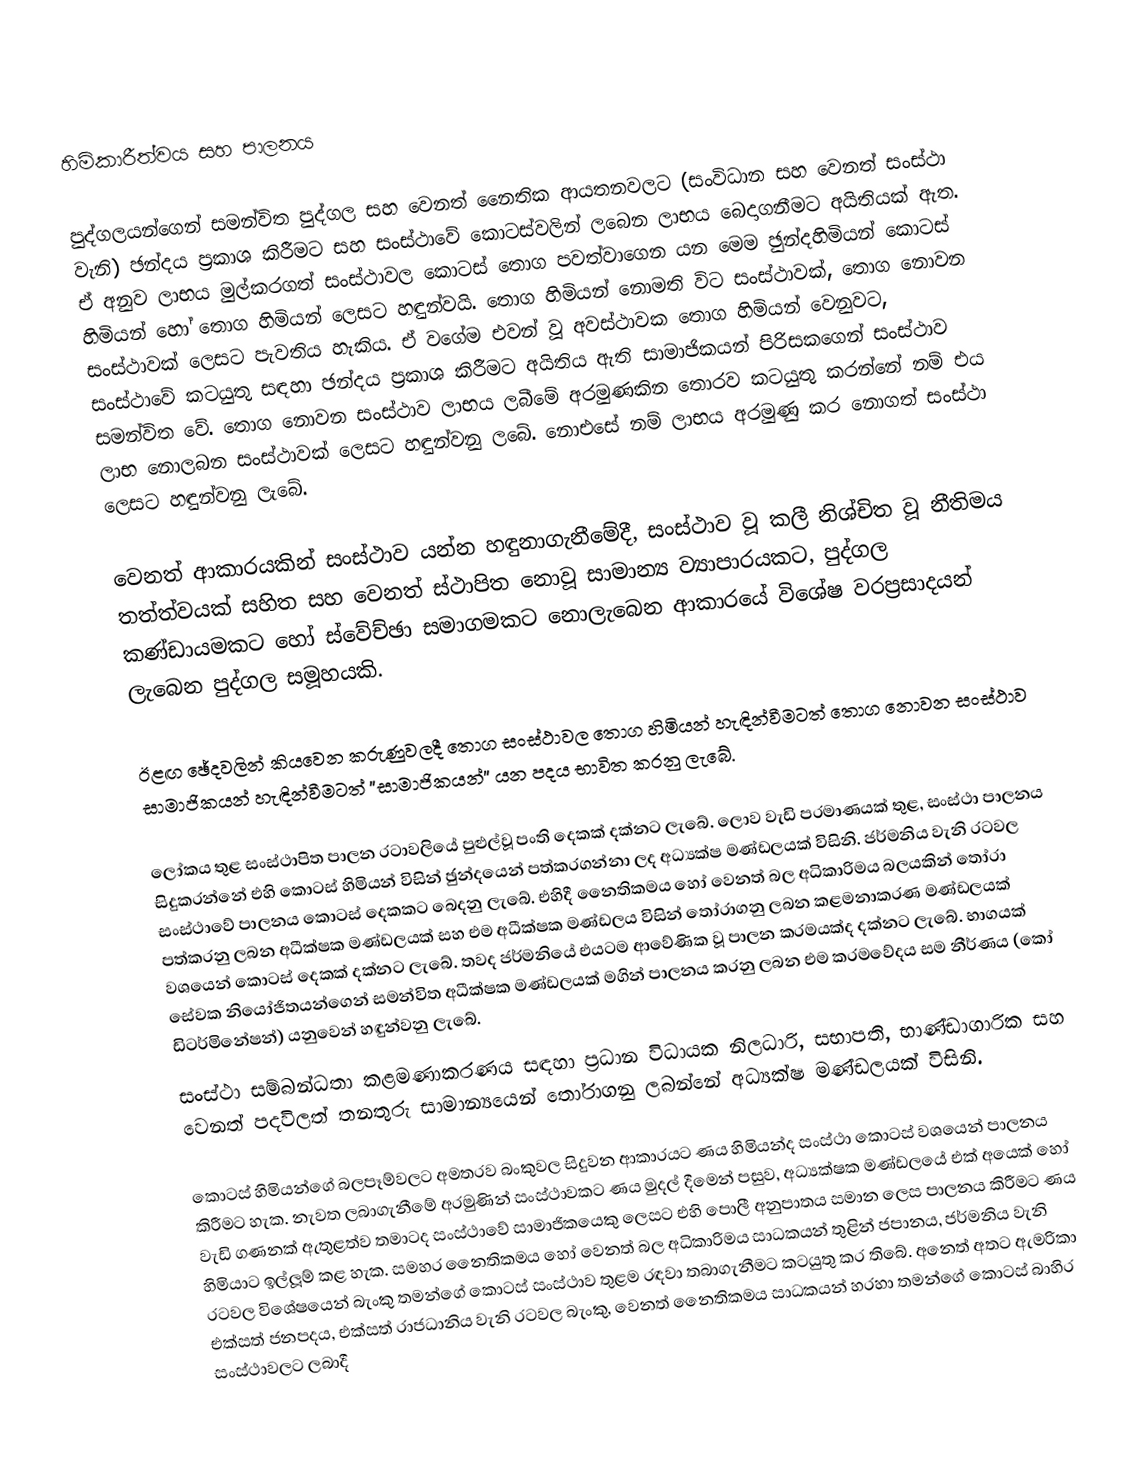
හිමිකාරීත්වය සහ පාලනය

පුද්ගලයන්ගෙන් සමන්විත පුද්ගල සහ වෙනත් නෛතික ආයතනවලට (සංවිධාන සහ වෙනත් සංස්ථා වැනි) ඡන්දය ප‍්‍රකාශ කිරීමට සහ සංස්ථාවේ කොටස්වලින් ලබෙන ලාභය බෙදාගනීමට අයිතියක් ඇත. ඒ අනුව ලාභය මුල්කරගත් සංස්ථාවල කොටස් තොග පවත්වාගෙන යන මෙම ඡුන්දහිමියන් කොටස් හිමියන් හෝ තොග හිමියන් ලෙසට හඳුන්වයි. තොග හිමියන් නොමති විට සංස්ථාවක්, තොග නොවන සංස්ථාවක් ලෙසට පැවතිය හැකිය. ඒ වගේම එවන් වූ අවස්ථාවක තොග හිමියන් වෙනුවට, සංස්ථාවේ කටයුතු සඳහා ඡන්දය ප‍්‍රකාශ කිරීමට අයිතිය ඇති සාමාජිකයන් පිරිසකගෙන් සංස්ථාව සමන්විත වේ. තොග නොවන සංස්ථාව ලාභය ලබීමේ අරමුණකින තොරව කටයුතු කරන්නේ නම් එය ලාභ නොලබන සංස්ථාවක් ලෙසට හඳුන්වනු ලබේ. නොඑසේ නම් ලාභය අරමුණු කර නොගත් සංස්ථා ලෙසට හඳුන්වනු ලැබේ.

	වෙනත් ආකාරයකින් සංස්ථාව යන්න හඳුනාගැනීමේදී, සංස්ථාව වූ කලී නිශ්චිත වූ නීතිමය තත්ත්වයක් සහිත සහ වෙනත් ස්ථාපිත නොවූ සාමාන්‍ය ව්‍යාපාරයකට, පුද්ගල කණ්ඩායමකට හෝ ස්වේච්ඡා සමාගමකට නොලැබෙන ආකාරයේ විශේෂ වරප‍්‍රසාදයන් ලැබෙන පුද්ගල සමූහයකි.

	ඊළඟ ඡේදවලින් කියවෙන කරුණුවලදී තොග සංස්ථාවල තොග හිමියන් හැඳින්වීමටත් තොග නොවන සංස්ථාව සාමාජිකයන් හැඳින්වීමටත් ”සාමාජිකයන්” යන පදය භාවිත කරනු ලැබේ.

ලෝකය තුළ සංස්ථාපිත පාලන රටාවලියේ පුළුල්වූ පංති දෙකක් දක්නට ලැබේ. ලොව වැඩි ප‍්‍රමාණයක් තුළ, සංස්ථා පාලනය සිදුකරන්නේ එහි කොටස් හිමියන් විසින් ඡුන්දයෙන් පත්කරගන්නා ලද අධ්‍යක්ෂ මණ්ඩලයක් විසිනි. ජර්මනිය වැනි රටවල සංස්ථාවේ පාලනය කොටස් දෙකකට බෙදනු ලැබේ. එහිදී නෛතිකමය හෝ වෙනත් බල අධිකාරිමය බලයකින් තෝරා පත්කරනු ලබන අධීක්ෂක මණ්ඩලයක් සහ එම අධීක්ෂක මණ්ඩලය විසින් තෝරාගනු ලබන කළමනාකරණ මණ්ඩලයක් වශයෙන් කොටස් දෙකක් දක්නට ලැබේ. තවද ජර්මනියේ එයටම ආවේණික වූ පාලන ක‍්‍රමයක්ද දක්නට ලැබේ. භාගයක් සේවක නියෝජිතයන්ගෙන් සමන්විත අධීක්ෂක මණ්ඩලයක් මගින් පාලනය කරනු ලබන එම ක‍්‍රමවේදය සම නීර්ණය (කෝ ඩිටර්මිනේෂන්) යනුවෙන් හඳුන්වනු ලැබේ.
සංස්ථා සම්බන්ධතා කළමණාකරණය සඳහා ප‍්‍රධාන විධායක නිලධාරි, සභාපති, භාණ්ඩාගාරික සහ වෙනත් පදවිලත් තනතුරු සාමාන්‍යයෙන් තෝරාගනු ලබන්නේ අධ්‍යක්ෂ මණ්ඩලයක් විසිනි.

කොටස් හිමියන්ගේ බලපෑම්වලට අමතරව බංකුවල සිදුවන ආකාරයට ණය හිමියන්ද සංස්ථා කොටස් වශයෙන් පාලනය කිරීමට හැක. නැවත ලබාගැනීමේ අරමුණින් සංස්ථාවකට ණය මුදල් දීමෙන් පසුව, අධ්‍යක්ෂක මණ්ඩලයේ එක් අයෙක් හෝ වැඩි ගණනක් ඇතුළත්ව තමාටද සංස්ථාවේ සාමාජිකයෙකු ලෙසට එහි පොලී අනුපාතය සමාන ලෙස පාලනය කිරීමට ණය හිමියාට ඉල්ලූම් කළ හැක. සමහර නෛතිකමය හෝ වෙනත් බල අධිකාරිමය සාධකයන් තුළින් ජපානය, ජර්මනිය වැනි රටවල විශේෂයෙන් බැංකු තමන්ගේ කොටස් සංස්ථාව තුළම රඳවා තබාගැනීමට කටයුතු කර තිබේ. අනෙත් අතට ඇමරිකා එක්සත් ජනපදය, එක්සත් රාජධානිය වැනි රටවල බැංකු, වෙනත් නෛතිකමය සාධකයන් හරහා තමන්ගේ කොටස් බාහිර සංස්ථාවලට ලබාදී